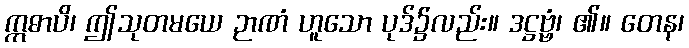
ဣဓာပိ၊ ဤသုတမယေ ဉာဏံ ဟူသော ပုဒ်၌လည်း။ ဒဋ္ဌဗ္ဗံ၊ ၏။ တေန၊